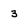
Character: 3